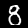
Label: 8